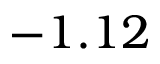
- 1 . 1 2